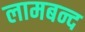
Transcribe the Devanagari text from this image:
लामबन्द